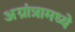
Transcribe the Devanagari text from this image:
अग्रांत्रामध्ये